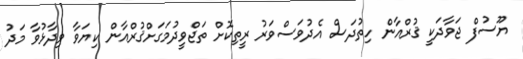
ޔޫސުފް ޖަވާދަކީ ޤުރްއާން ހިތުދަސް އެދުވަސްވަރު ރީތިކޮށް ތަޖްވީދުމަގަށްޤުރްއާން ކިޔަވާ ވިދާޅުވާ މަދު